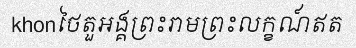
khonថៃតួអង្គព្រះរាមព្រះលក្ខណ៍ឥត